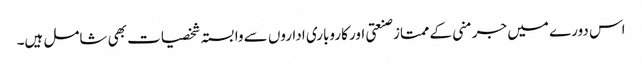
اس دورے میں جرمنی کے ممتاز صنعتی اور کاروباری اداروں سے وابستہ شخصیات بھی شامل ہیں۔